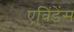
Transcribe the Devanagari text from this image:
एविंडेंस